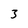
Character: 3